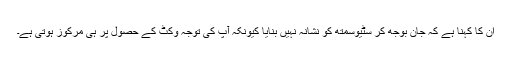
ان کا کہنا ہے کہ جان بوجھ کر سٹیوسمتھ کو نشانہ نہیں بنایا کیونکہ آپ کی توجہ وکٹ کے حصول پر ہی مرکوز ہوتی ہے۔